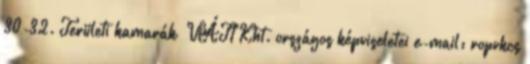
30-32. Területi kamarák VÁTI Kht. országos képviseletei e-mail: ropvkcs